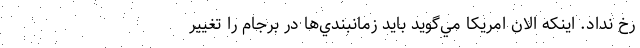
رخ نداد. اينكه الان امريكا مي‌گويد بايد زمانبندي‌ها در برجام را تغيير